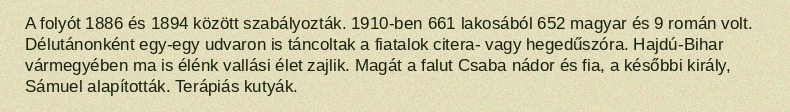
A folyót 1886 és 1894 között szabályozták. 1910-ben 661 lakosából 652 magyar és 9 román volt. Délutánonként egy-egy udvaron is táncoltak a fiatalok citera- vagy hegedűszóra. Hajdú-Bihar vármegyében ma is élénk vallási élet zajlik. Magát a falut Csaba nádor és fia, a későbbi király, Sámuel alapították. Terápiás kutyák.